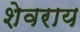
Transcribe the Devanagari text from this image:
शेवराय